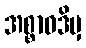
အစ္စာဝဒိမှ